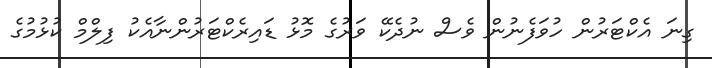
ގިނަ އެކްޓަރުން ހުވަފެނުން ވެސް ނުދެކޭ ވަރުގެ މޮޅު ޑައިރެކްޓަރުންނާއެކު ފިލްމް ކުޅުމުގެ